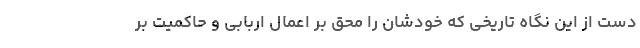
دست از این نگاه تاریخی که خودشان را محق بر اعمال اربابی و حاکمیت بر